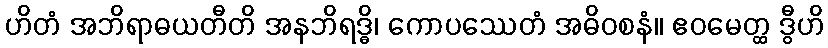
ဟိတံ အဘိရာဓယတီတိ အနဘိရဒ္ဓိ၊ ကောပဿေတံ အဓိဝစနံ။ ဧဝမေတ္ထ ဒွီဟိ